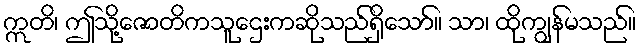
ဣတိ၊ ဤသို့ဇောတိကသူဌေးကဆိုသည်ရှိသော်။ သာ၊ ထိုကျွန်မသည်။